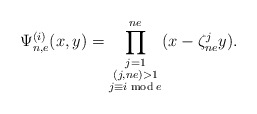
\begin{align*} \Psi_{n,e}^{(i)}(x,y)=\prod^{ne}_{\substack{j=1 \\ (j,ne)>1\\ j\equiv i \bmod e}}(x-\zeta^j_{ne}y).\end{align*}